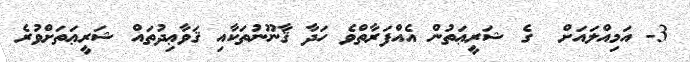
3- އަމިއްލައަށް  ގެ ޝަރީޢަތުން އެއްފަރާތްވެ ހަދާ ޤާނޫނުތަކާއި ޤަވާޢިދުތައް ޝަރީޢަތަށްވުރެ